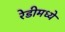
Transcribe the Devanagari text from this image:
रेडीमध्ये